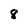
Character: 8